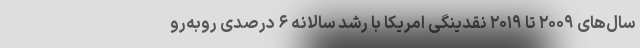
سال‌های ۲۰۰۹ تا ۲۰۱۹ نقدینگی امریکا با رشد سالانه ۶ درصدی روبه‌رو